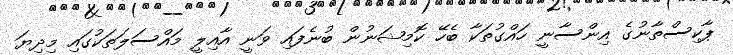
ޕާކިސްތާނުގެ އިންސާނީ ހައްގުތަކާ ބެހޭ ކޮމިޝަނުން ބުނެފައި ވަނީ އާއިލީ މައްސަލަތަކުގައި މިދިޔަ